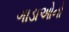
ગાડાઓનો